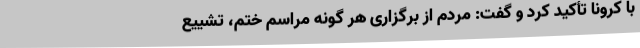
با کرونا تأکید کرد و گفت: مردم از برگزاری هر گونه مراسم ختم، تشییع